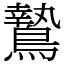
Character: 鷙